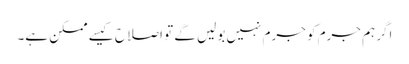
اگر ہم جرم کو جرم نہیں بولیں گے تو اصلاح کیسے ممکن ہے۔